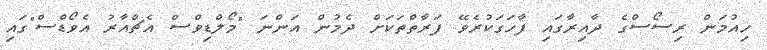
ހިއުމަން ރިސޯސްގެ ދާއިރާގައި ފާހަގަކުރެވޭ ފަރާތްތަކަށް ދެމުން އަންނަ "މޯލްޑިވްސް އެޗްއާރު އެވޯޑްސް"ގައި